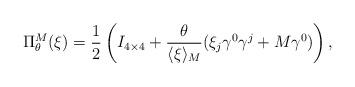
LaTeX: \begin{align*}\Pi_\theta^M(\xi) = \frac12\left(I_{4\times4}+\frac{\theta}{\langle\xi\rangle_M}(\xi_j\gamma^0\gamma^j+M\gamma^0) \right),\end{align*}